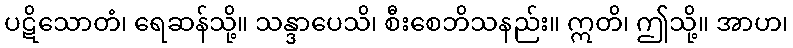
ပဋိသောတံ၊ ရေဆန်သို့။ သန္ဒာပေသိ၊ စီးစေဘိသနည်း။ ဣတိ၊ ဤသို့။ အာဟ၊